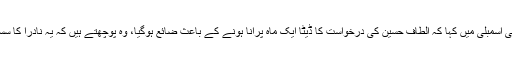
وزیر مملکت برائے داخلہ بلیغ الرحمان نے قومی اسمبلی میں کہا کہ الطاف حسین کی درخواست کا ڈیٹا ایک ماہ پرانا ہونے کے باعث ضائع ہوگیا، وہ پوچھتے ہیں کہ یہ نادرا کا سسٹم ہے یا لیبارٹری میں رکھا الکوحل جو اڑ گیا۔